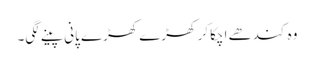
وہ کندھے اچکا کر کھڑے کھڑے پانی پینے لگی۔